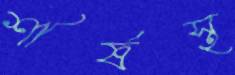
শীর্ষস্থ